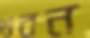
ভবন